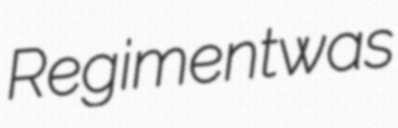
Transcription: Regiment was